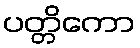
ပတ္တိကော